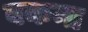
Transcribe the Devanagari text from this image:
बकना